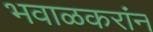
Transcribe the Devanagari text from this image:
भवाळकरांन